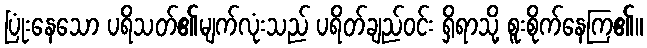
ပြုံးနေသော ပရိသတ်၏မျက်လုံးသည် ပရိတ်ချည်ဝင်း ရှိရာသို့ စူးစိုက်နေကြ၏။